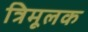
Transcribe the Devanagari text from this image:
त्रिमूलक